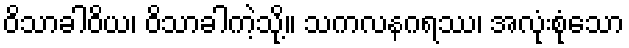
ဝိသာခါဝိယ၊ ဝိသာခါကဲ့သို့။ သကလနဂရဿ၊ အလုံးစုံသော